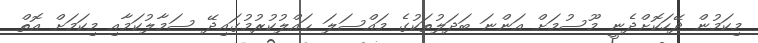
މިކަމުން ދޭހަކޮށްދެނީ މޫސުމަށް އަންނަ ބަދަލުތަކުގެ މައްސަލަ ޙައްލުކުރުމުގައިދޭ ސަމާލުކަމާއި މިކަމަށް އޮތް